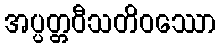
အပ္ပတ္တဝီသတိဝဿော